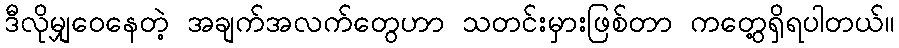
ဒီလိုမျှဝေနေတဲ့ အချက်အလက်တွေဟာ သတင်းမှားဖြစ်တာ ကတွေ့ရှိရပါတယ်။